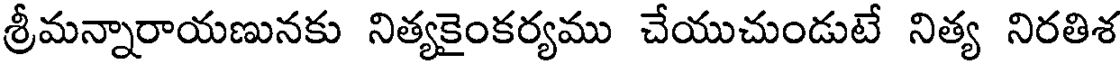
శ్రీమన్నారాయణునకు నిత్యకైంకర్యము చేయుచుండుటే నిత్య నిరతిశ